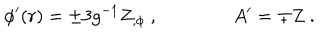
\phi ^ { \prime } ( r ) = \pm 3 g ^ { - 1 } Z _ { , \phi } \ , \qquad \qquad A ^ { \prime } = \mp Z \ .